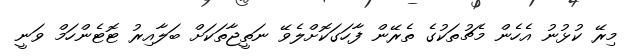
މިރޭ ކުޅުނު އެހެން މެޗުތަކުގެ ތެރޭން ފާހަގަކޮށްލެވޭ ނަތީޖާތަކަށް ބަލާއިރު ޓޮޓެންހަމް ވަނީ